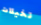
تخيلات